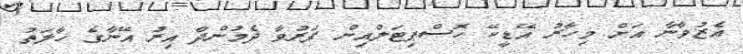
އެޒުވާނާ އަށް މިހާރު އޭޑީކޭ ހޮސްޕިޓަލްއިން ފަރުވާ ދެމުންދާ އިރު އޭނާގެ ހާލަތު